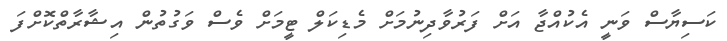
ކަސިޔާސް ވަނީ އެކުއްޖާ އަށް ފަރުވާދިނުމަށް މެޑިކަލް ޓީމަށް ވެސް ވަގުތުން އިޝާރާތްކޮށްފަ